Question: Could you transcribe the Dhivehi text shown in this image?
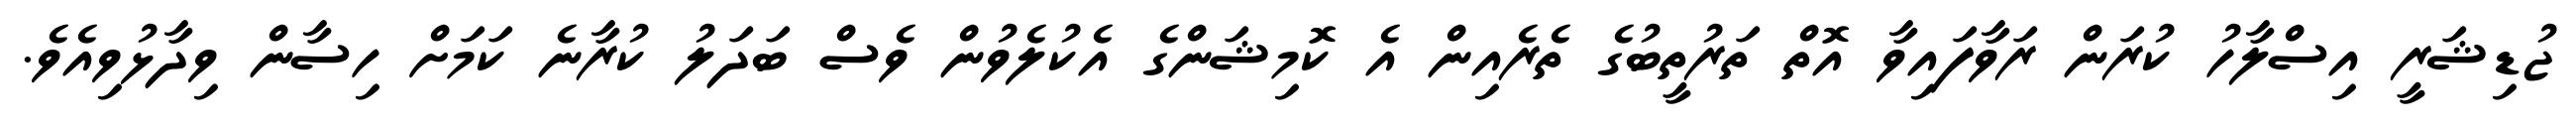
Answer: ޖުޑިޝަރީ އިސްލާހު ކުރަން ރަވާފައިވާ އޮތް ތަރުތީބުގެ ތެރެއިން އެ ކޮމިޝަންގެ އެކުލެވުން ވެސް ބަދަލު ކުރާނެ ކަމަށް ހިސާން ވިދާޅުވިއެވެ.